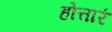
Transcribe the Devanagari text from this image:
होत्तारं